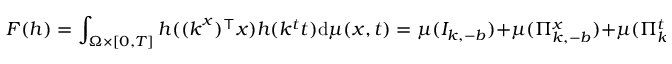
F ( h ) = \int _ { \Omega \times [ 0 , T ] } h ( ( \boldsymbol { k } ^ { x } ) ^ { \top } \boldsymbol { x } ) h ( k ^ { t } t ) \mathrm { d } \mu ( \boldsymbol { x } , t ) = \mu ( I _ { k , - b } ) + \mu ( \Pi _ { k , - b } ^ { x } ) + \mu ( \Pi _ { k , - b } ^ { t } ) + \mu ( H _ { k , - b } ) = 0 .